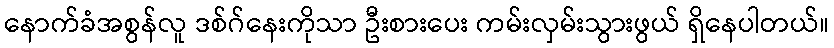
နောက်ခံအစွန်လူ ဒစ်ဂ်နေးကိုသာ ဦးစားပေး ကမ်းလှမ်းသွားဖွယ် ရှိနေပါတယ်။